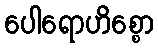
ပေါရောဟိစ္စော